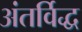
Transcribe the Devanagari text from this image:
अंतर्विद्ध